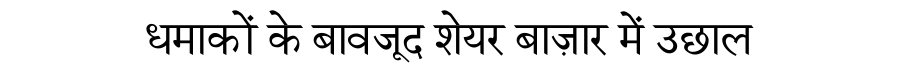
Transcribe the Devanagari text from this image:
धमाकों के बावजूद शेयर बाज़ार में उछाल